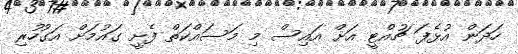
ހަދަން އުޅެފަ ޗުއްޓީ އަށް އައިސް މި މަސައްކަތް ފެށީ ގައުމަށް އަގުހުރި